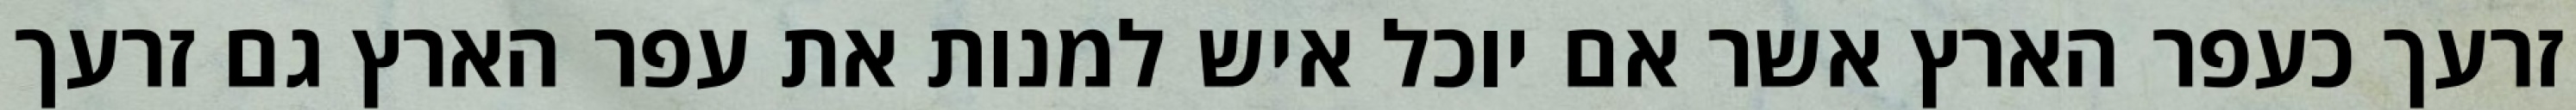
זרעך כעפר הארץ אשר אם יוכל איש למנות את עפר הארץ גם זרעך